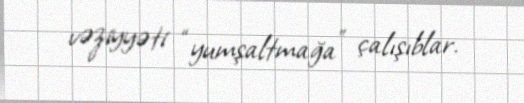
vəziyyəti “yumşaltmağa” çalışıblar.